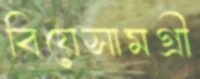
বিয়েসামগ্রী